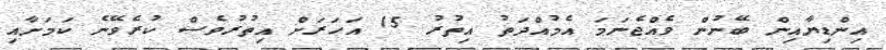
އިންޑިޔާއިން ބޭނުން ވެއްޖެނަމަ އެމުއްދަތު އިތުރު 15 އަހަރަށް އިތުރުވެސް ކުރެވޭނެ ކަމަށާއި